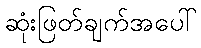
ဆုံးဖြတ်ချက်အပေါ်